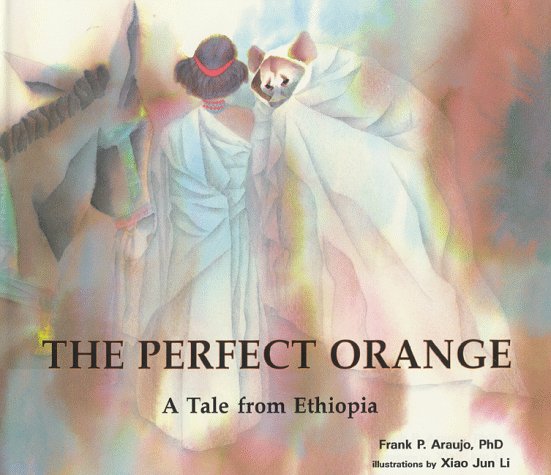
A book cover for The Perfect Orange: A Tale from Ethiopia (Toucan Tales Series ; Vol. 2); Frank P. Araujo; Children's Books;